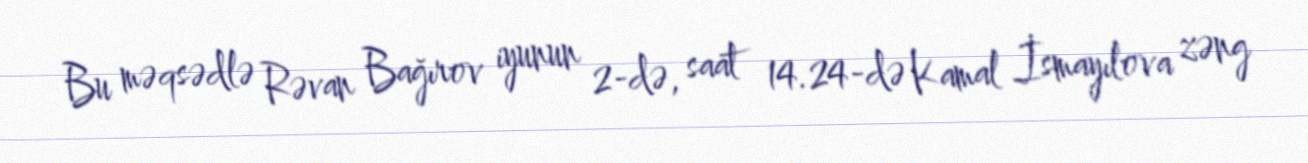
Bu məqsədlə Rəvan Bağırov iyunun 2-də, saat 14.24-də Kamal İsmayılova zəng